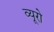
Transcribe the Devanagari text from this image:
व्‍यूरो